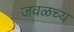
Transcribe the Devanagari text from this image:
जवळच्य